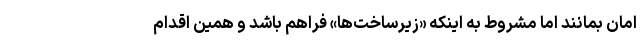
امان بمانند اما مشروط به اینکه «زیرساخت‌ها» فراهم باشد و همین اقدامِ